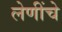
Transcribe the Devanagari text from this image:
लेणींचे